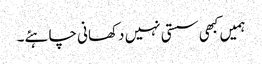
ہمیں کبھی سستی نہیں دکھانی چاہئے۔